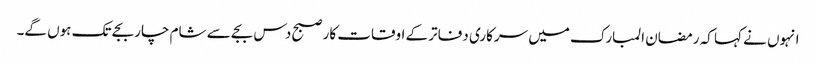
انہوں نے کہا کہ رمضان المبارک میں سرکاری دفاتر کے اوقات کار صبح دس بجے سے شام چار بجے تک ہوں گے۔